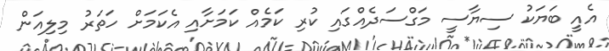
އެއީ ބަޔަކު ސިޔާސީ މަގްސަދެއްގައި ކުރި ކަމެއް ކަމަށާއި އެކަމަށް ހަތަރު މިލިއަން